Annual administration and progress report of the Indian Medical Department, Bombay
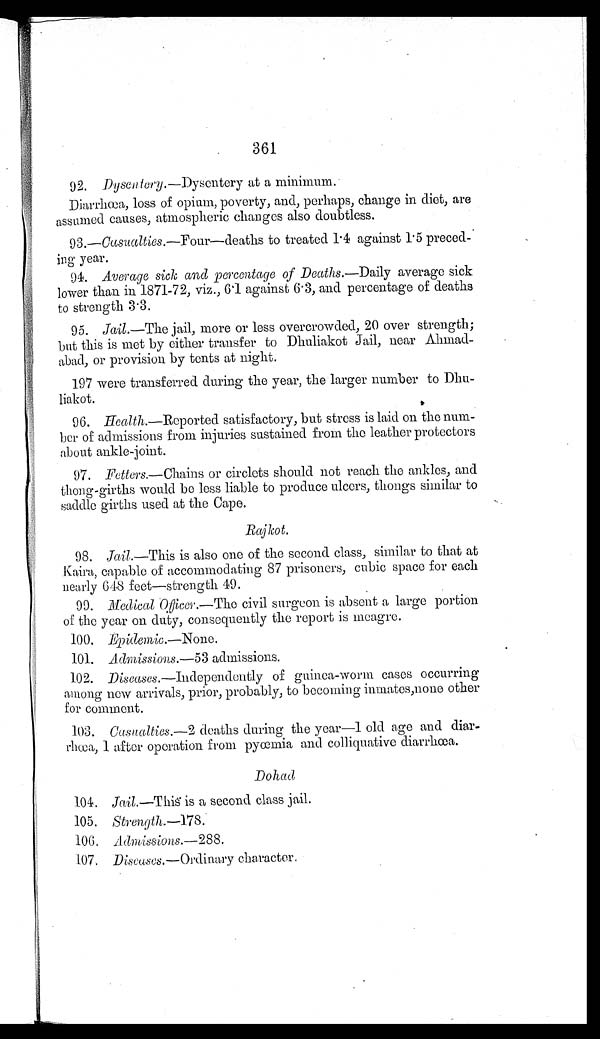
361
92. Dysentery.— Dysentery at a minimum.
Diarrhœa, loss of opium, poverty, and, perhaps, change in diet, are
assumed causes, atmospheric changes also doubtless.
93.—Casualties.—For—deaths to treated 1.4 against 1.5 preced-
ing year.
94.
Average sick and percentage of Deaths.—Daily average sick
lower than in 1871-72, viz., 6.1 against 6.3, and percentage of deaths
to strength 3.3.
95.
Jail .—The jail, more or less overcrowded, 20 over strength;
but this is met by either transfer to Dhuliakot Jail, near Ahmad--
abad, or provision by tents at night.
197 were transferred during the year, the larger number to Dhu--
liakot.
96. Health.
—Reported satisfactory, but stress is laid on the num-
ber of admissions from injuries sustained from the leather protectors
about ankle-joint.
97. Fetters.
—Chains or circlets should not reach the ankles, and
thong-girths would be less liable to produce ulcers, thongs similar to
saddle girths used at the Cape.
Rajkot.
98.
Jail .—This is also one of the second class, similar to that at
Kaira, capable of accommodating 87 prisoners, cubic space for each
nearly 648 feet—strength 49.
99.
Medical Officer.—The civil surgeon is absent a large portion
of the year on duty, consequently the report is meagre.
100.
Epidemic.— None .
101.
Admissions.— 53 admissions.
102.
Diseases .—Independently of guinea-worm cases occurring
among new arrivals, prior, probably, to becoming inmates, none other
for comment.
103.
Casualties.— 2 deaths during the year—1 old age and diar
-rhœa, 1 after operation from pyœmia and colliquative diarrhœa.
Dohad
104.
Jail.—This is a second class jail.
105.
Strength.— 178
106. Admissions.—288.
107. Diseases.— Ordinary character.